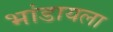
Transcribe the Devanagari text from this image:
भांडायला